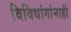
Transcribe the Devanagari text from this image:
विविधांगांनाही